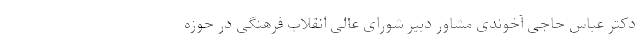
دکتر عباس حاجی آخوندی مشاور دبیر شورای عالی انقلاب فرهنگی در حوزه